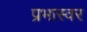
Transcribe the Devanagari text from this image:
प्रभास्वर